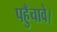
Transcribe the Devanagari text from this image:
पहुँचावे।